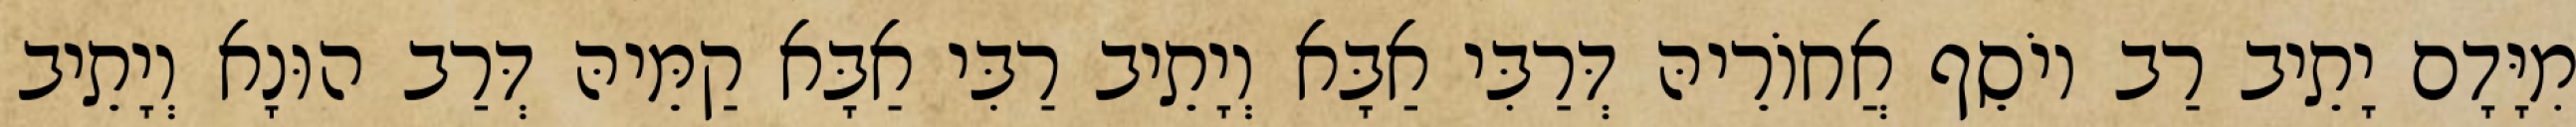
מִיָּדָם יָתֵיב רַב יוֹסֵף אֲחוֹרֵיהּ דְּרַבִּי אַבָּא וְיָתֵיב רַבִּי אַבָּא קַמֵּיהּ דְּרַב הוּנָא וְיָתֵיב